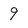
Character: 9